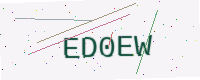
Text: ED0EW